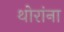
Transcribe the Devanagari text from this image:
थोरांना